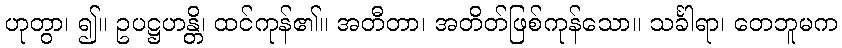
ဟုတွာ၊ ၍။ ဥပဋ္ဌဟန္တိ၊ ထင်ကုန်၏။ အတီတာ၊ အတိတ်ဖြစ်ကုန်သော။ သင်္ခါရာ၊ တေဘူမက